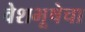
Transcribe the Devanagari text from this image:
वेशभूषेचा